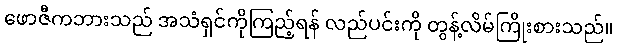
ဖောဇီကဘားသည် အသံရှင်ကိုကြည့်ရန် လည်ပင်းကို တွန့်လိမ်ကြိုးစားသည်။